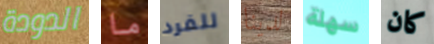
الدودة ما للفرد لدينا سهلة كان